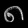
Digit: ၈